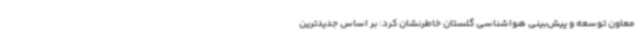
معاون توسعه و پیش‌بینی هواشناسی گلستان خاطرنشان کرد: بر اساس جدیدترین